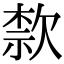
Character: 歀